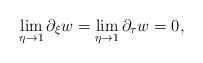
LaTeX: \begin{align*}\displaystyle\lim_{\eta\to 1} \partial_\xi w=\displaystyle\lim_{\eta\to 1} \partial_\tau w=0,\end{align*}